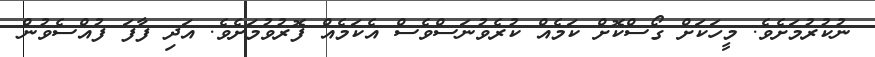
ނުކުރުމަށެވެ. މީހަކަށް ގޯސްކޮށް ކަމެއް ކުރެވުނަސްވެސް އެކަމެއް ފޮރުވުމަށެވެ. އަދި ފާފަ ފުއްސެވުން